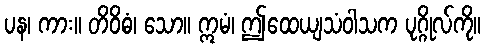
ပန၊ ကား။ တိဝိဓံ၊ သော။ ဣမံ၊ ဤထေယျသံဝါသက ပုဂ္ဂိုလ်ကို။